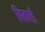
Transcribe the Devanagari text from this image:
बिकाई